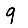
Digit: 9